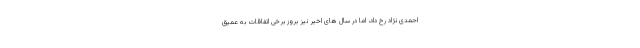
احمدی نژاد رخ داد، اما در سال های اخیر نیز بروز برخی اتفاقات به عمیق